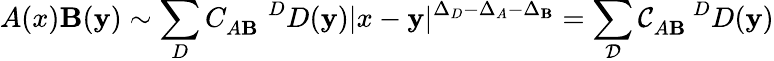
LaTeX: A(x)\mathbf{B}(\mathbf{y})\sim\sum_{D}C_{A\mathbf{B}}^{\; \; \; \; \; D}D(\mathbf{y})|x-\mathbf{y}|^{\Delta_{D}-\Delta_{A}-\Delta_{\mathbf{B}}}=\sum_{{\mathcal{{D}}}}{\mathcal{{C}}}_{A\mathbf{B}}^{\; \; \; \; \; D}D(\mathbf{y})